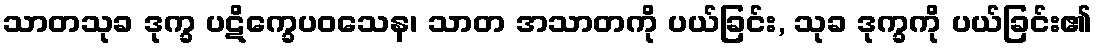
သာတသုခ ဒုက္ခ ပဋိက္ခေပဝသေန၊ သာတ အသာတကို ပယ်ခြင်း, သုခ ဒုက္ခကို ပယ်ခြင်း၏